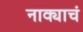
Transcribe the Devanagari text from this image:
नाक्याचं